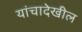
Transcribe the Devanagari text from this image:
यांचादेखील